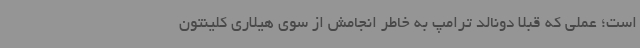
است؛ عملی که قبلا دونالد ترامپ به خاطر انجامش از سوی هیلاری کلینتون